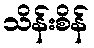
သိန်းစိန်